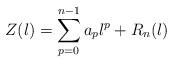
LaTeX: \begin{align*}Z(\l)=\sum_{p=0}^{n-1} a_p \l^p + R_n(\l)\end{align*}